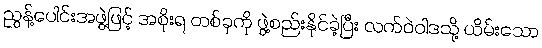
ညွန့်ပေါင်းအဖွဲ့ဖြင့် အစိုးရ တစ်ခုကို ဖွဲ့စည်းနိုင်ခဲ့ပြီး လက်ဝဲဝါဒသို့ ယိမ်းသော